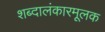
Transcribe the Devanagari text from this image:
शब्दालंकारमूलक